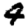
Digit: 4